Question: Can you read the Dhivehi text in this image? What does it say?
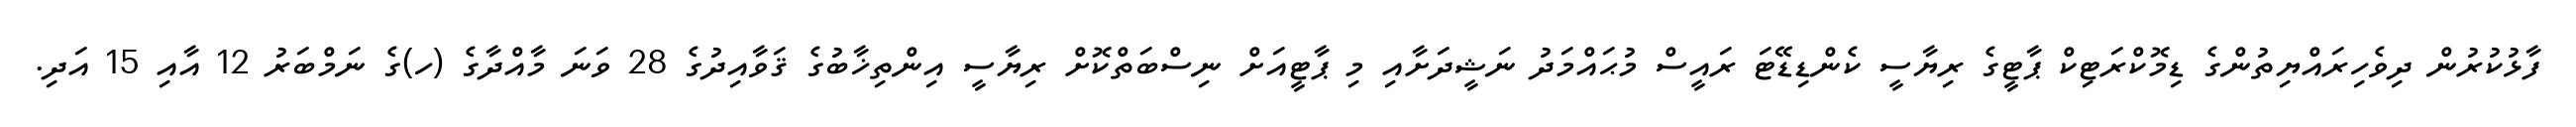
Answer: ފާޅުކުރުން ދިވެހިރައްޔިތުންގެ ޑިމޮކްރަޓިކް ޕާޓީގެ ރިޔާސީ ކެންޑިޑޭޓަ ރައީސް މުޙައްމަދު ނަޝީދަށާއި މި ޕާޓީއަށް ނިސްބަތްކޮށް ރިޔާސީ އިންތިޚާބުގެ ޤަވާއިދުގެ 28 ވަނަ މާއްދާގެ (ހ)ގެ ނަމްބަރު 12 އާއި 15 އަދި.